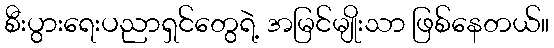
စီးပွားရေးပညာရှင်တွေရဲ့ အမြင်မျိုးသာ ဖြစ်နေတယ်။